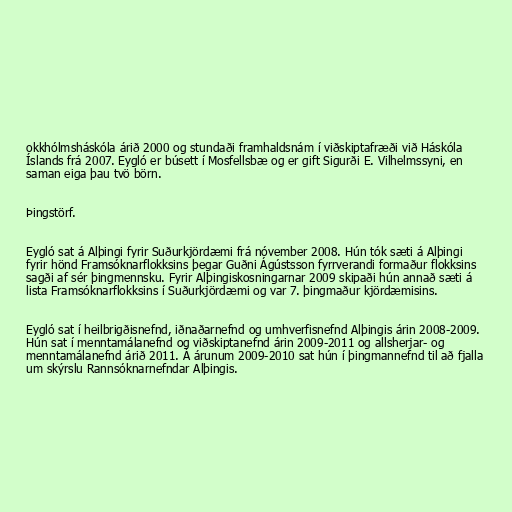
okkhólmsháskóla árið 2000 og stundaði framhaldsnám í viðskiptafræði við Háskóla
Íslands frá 2007. Eygló er búsett í Mosfellsbæ og er gift Sigurði E. Vilhelmssyni, en
saman eiga þau tvö börn.

Þingstörf.

Eygló sat á Alþingi fyrir Suðurkjördæmi frá nóvember 2008. Hún tók sæti á Alþingi
fyrir hönd Framsóknarflokksins þegar Guðni Ágústsson fyrrverandi formaður flokksins
sagði af sér þingmennsku. Fyrir Alþingiskosningarnar 2009 skipaði hún annað sæti á
lista Framsóknarflokksins í Suðurkjördæmi og var 7. þingmaður kjördæmisins.

Eygló sat í heilbrigðisnefnd, iðnaðarnefnd og umhverfisnefnd Alþingis árin 2008-2009.
Hún sat í menntamálanefnd og viðskiptanefnd árin 2009-2011 og allsherjar- og
menntamálanefnd árið 2011. Á árunum 2009-2010 sat hún í þingmannefnd til að fjalla
um skýrslu Rannsóknarnefndar Alþingis.